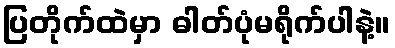
ပြတိုက်ထဲမှာ ဓါတ်ပုံမရိုက်ပါနဲ့။